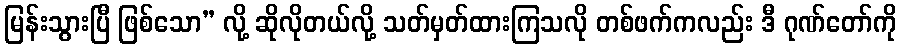
မြန်းသွားပြီ ဖြစ်သော” လို့ ဆိုလိုတယ်လို့ သတ်မှတ်ထားကြသလို တစ်ဖက်ကလည်း ဒီ ဂုဏ်တော်ကို